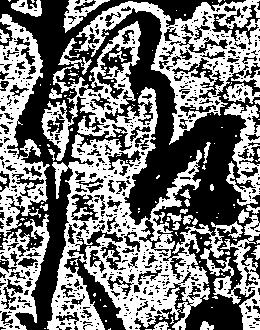
仰